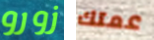
زورو عمتك